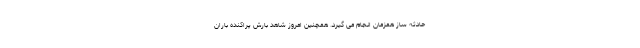
حادثه ساز همزمان انجام می گیرد. همچنین امروز شاهد بارش پراکنده باران